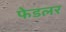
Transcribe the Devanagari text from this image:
फेडलर